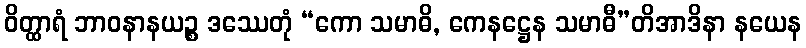
ဝိတ္ထာရံ ဘာဝနာနယဉ္စ ဒဿေတုံ “ကော သမာဓိ, ကေနဋ္ဌေန သမာဓီ”တိအာဒိနာ နယေန